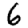
Digit: 6